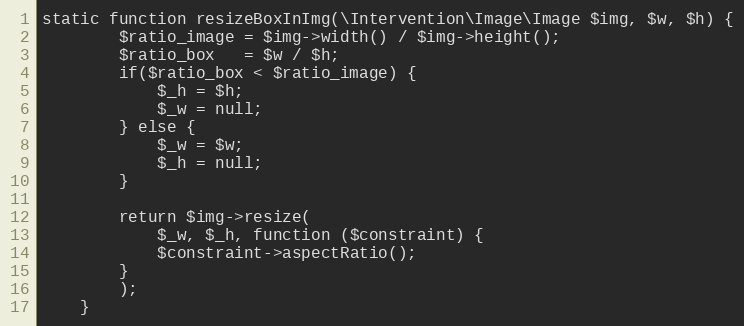
Language: PHP
static function resizeBoxInImg(\Intervention\Image\Image $img, $w, $h) {
        $ratio_image = $img->width() / $img->height();
        $ratio_box   = $w / $h;
        if($ratio_box < $ratio_image) {
            $_h = $h;
            $_w = null;
        } else {
            $_w = $w;
            $_h = null;
        }

        return $img->resize(
            $_w, $_h, function ($constraint) {
            $constraint->aspectRatio();
        }
        );
    }